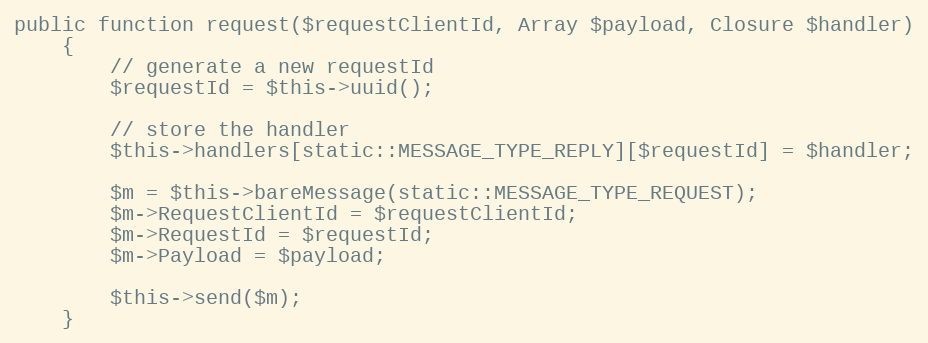
Language: PHP
public function request($requestClientId, Array $payload, Closure $handler)
	{
		// generate a new requestId
		$requestId = $this->uuid();

		// store the handler
		$this->handlers[static::MESSAGE_TYPE_REPLY][$requestId] = $handler;

		$m = $this->bareMessage(static::MESSAGE_TYPE_REQUEST);
		$m->RequestClientId = $requestClientId;
		$m->RequestId = $requestId;
		$m->Payload = $payload;

		$this->send($m);
	}